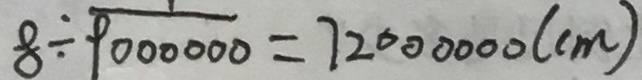
8 \div \frac { 1 } { 9 0 0 0 0 0 0 } = 7 2 0 0 0 0 0 0 ( c m )